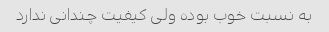
به نسبت خوب بوده ولی کیفیت چندانی ندارد